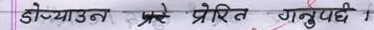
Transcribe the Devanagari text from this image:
डोब्याउन यस्तै प्रेरित गर्नुपर्छ ?